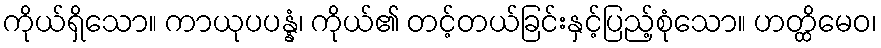
ကိုယ်ရှိသော။ ကာယုပပန္နံ၊ ကိုယ်၏ တင့်တယ်ခြင်းနှင့်ပြည့်စုံသော။ ဟတ္ထိမေဝ၊